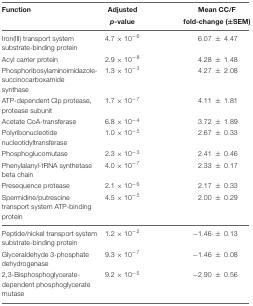
<table><thead><tr><td><b>Function</b></td><td><b>Adjusted</b></td><td><b>Mean CC/F</b></td></tr><tr><td></td><td><b><i>p</i>-value</b></td><td><b>fold-change (±SEM)</b></td></tr></thead><tbody><tr><td>Iron(III) transport system substrate-binding protein</td><td>4.7 × 10<sup>-6</sup></td><td>6.07 ±4.47</td></tr><tr><td>Acyl carrier protein</td><td>2.9 × 10<sup>-8</sup></td><td>4.28 ±1.48</td></tr><tr><td>Phosphoribosylaminoimidazole-succinocarboxamide synthase</td><td>1.3 × 10<sup>-3</sup></td><td>4.27 ±2.08</td></tr><tr><td>ATP-dependent Clp protease, protease subunit</td><td>1.7 × 10<sup>-7</sup></td><td>4.11 ±1.81</td></tr><tr><td>Acetate CoA-transferase</td><td>6.8 × 10<sup>-4</sup></td><td>3.72 ±1.89</td></tr><tr><td>Polyribonucleotide nucleotidyltransferase</td><td>1.0 × 10<sup>-5</sup></td><td>2.67 ±0.33</td></tr><tr><td>Phosphoglucomutase</td><td>2.3 × 10<sup>-3</sup></td><td>2.41 ±0.46</td></tr><tr><td>Phenylalanyl-tRNA synthetase beta chain</td><td>4.0 × 10<sup>-7</sup></td><td>2.33 ±0.17</td></tr><tr><td>Presequence protease</td><td>2.1 × 10<sup>-6</sup></td><td>2.17 ±0.33</td></tr><tr><td>Spermidine/putrescine transport system ATP-binding protein</td><td>4.5 × 10<sup>-5</sup></td><td>2.00 ±0.29</td></tr><tr><td>Peptide/nickel transport system substrate-binding protein</td><td>1.2 × 10<sup>-2</sup></td><td>-1.46 ±0.13</td></tr><tr><td>Glyceraldehyde 3-phosphate dehydrogenase</td><td>9.3 × 10<sup>-7</sup></td><td>-1.46 ±0.08</td></tr><tr><td>2,3-Bisphosphoglycerate-dependent phosphoglycerate mutase</td><td>9.2 × 10<sup>-5</sup></td><td>-2.90 ±0.56</td></tr></tbody></table>